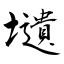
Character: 壝